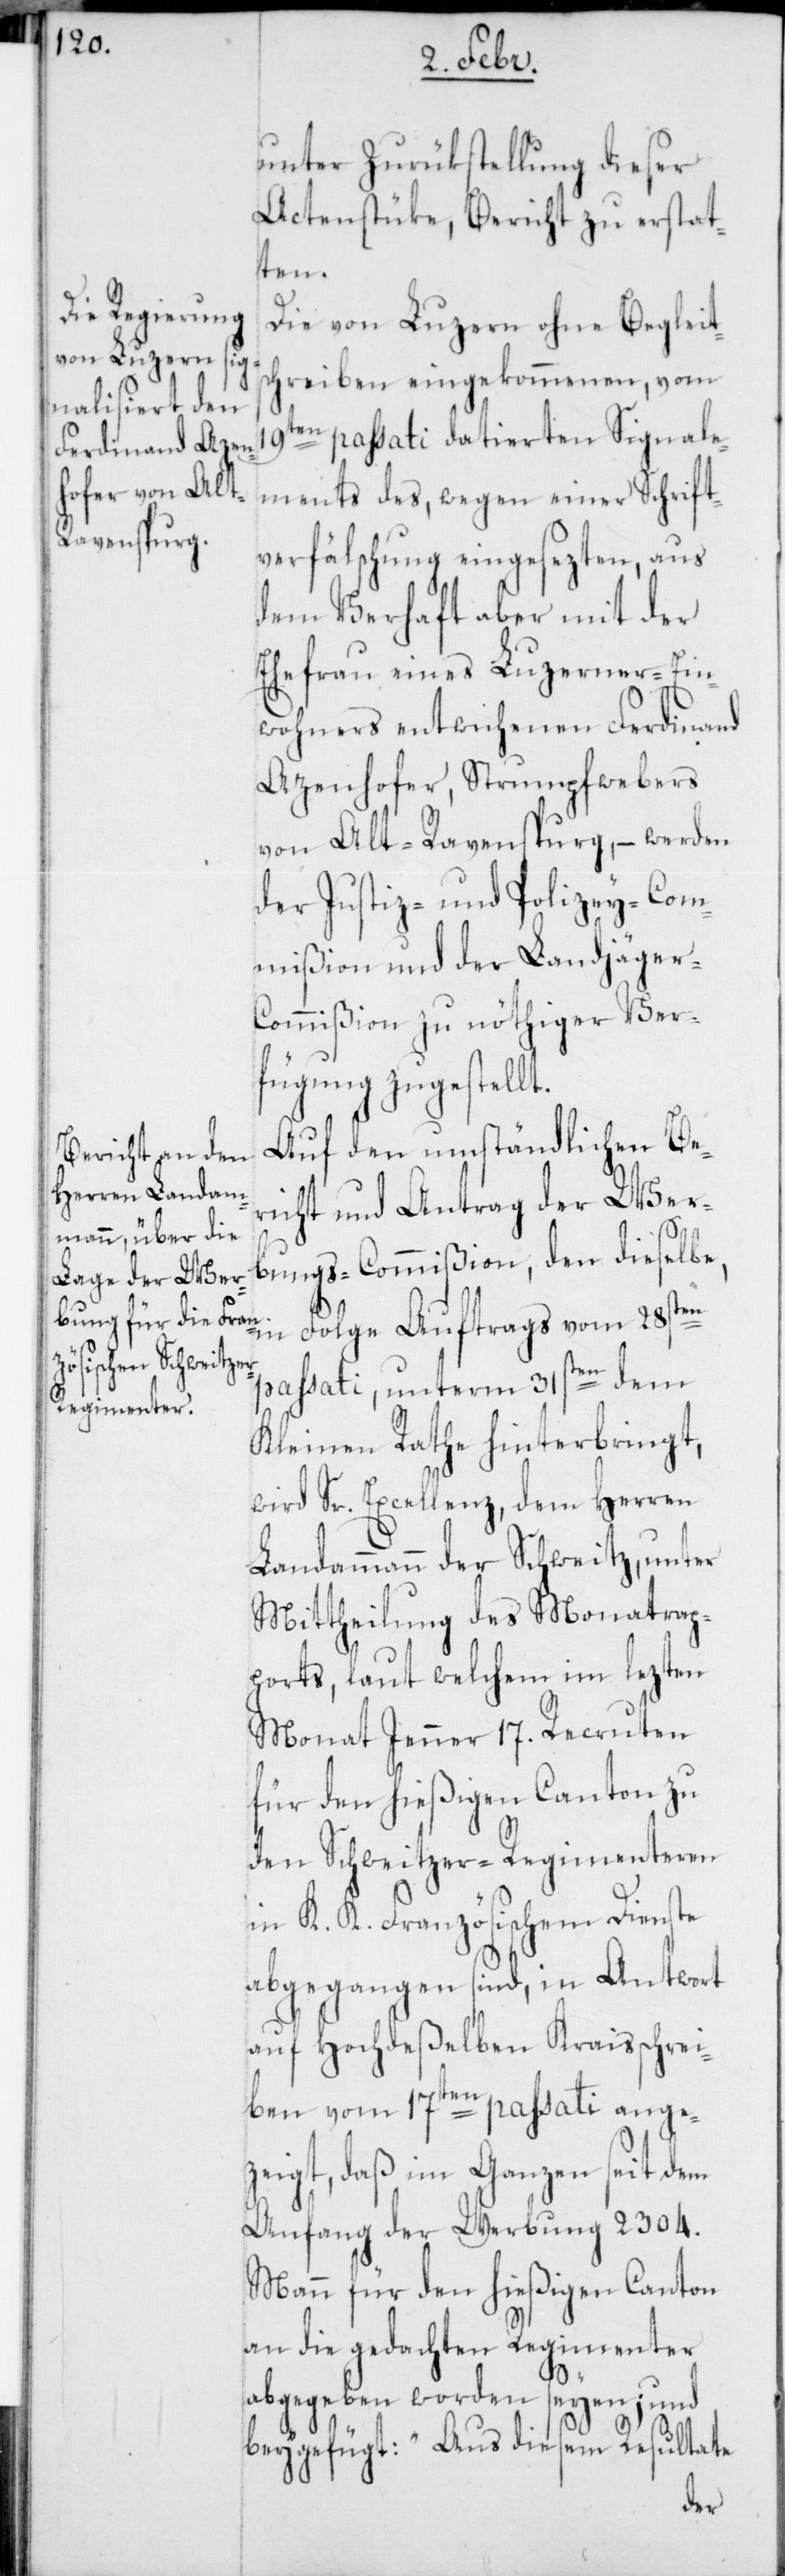
unter Zurükstellung dieser
Actenstücke, Bericht zu erstat¬
ten.
Die von Luzern ohne Begleit¬
schreiben eingekommenen, vom
en passati datierten Signale¬
ments des, wegen einer Schrift¬
verfälschung eingesezten, aus
dem Verhaft aber mit der
Ehefrau eines Luzerner-Ein¬
wohners entwichenen Ferdinand
Azenhofer, Strumpfwebers
von Alt-Ravensburg, – werden
der Justiz- und Polizey-Com¬
mißion und der Landjäge¬
r-Commißion zu nöthiger Ver¬
fügung zugestellt.
Auf den umständlichen Be¬
richt und Antrag der Wer¬
19t¬
bungs-Commißion, den dieselbe,
in Folge Auftrags vom 28sten
passati, unterm 31sten dem
Kleinen Rathe hinterbringt,
wird Sr. Excellenz, dem Herren
Landammann der Schweitz, unter
Mittheilung des Monatrap¬
ports, laut welchem im lezten
Monat Jenner 17. Recruten
für den hießigen Canton zu
den Schweitzer-Regimenteren
in K. K. Französischem Dienste
abgegangen sind, in Antwort
auf hochdeßelben Kraisschrei¬
ben vom 17ten passati ange¬
zeigt, daß im Ganzen seit dem
Anfang der Werbung 2304.
Mann für den hießigen Canton
an die gedachten Regimenter
abgegeben worden seyen; und
beygefügt: „Aus diesem Resultate